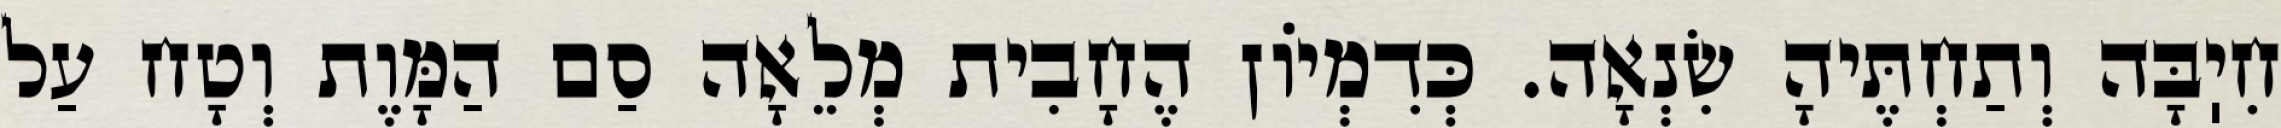
חִיֽבָּה וְתַחְתֶּיהָ שִׂנְאָה. כְּדִמְיוֹן הֶחָבִית מְלֵאָה סַם הַמָּוֶת וְטָח עַל